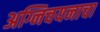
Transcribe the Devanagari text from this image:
अग्निचयनाचा